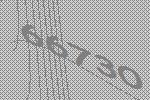
66730